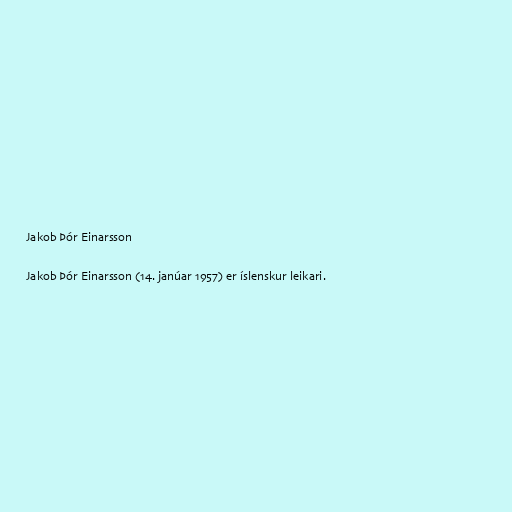
Jakob Þór Einarsson

Jakob Þór Einarsson (14. janúar 1957) er íslenskur leikari.